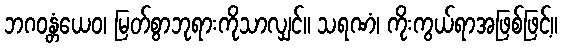
ဘဂဝန္တံယေဝ၊ မြတ်စွာဘုရားကိုသာလျှင်။ သရဏံ၊ ကိုးကွယ်ရာအဖြစ်ဖြင့်။